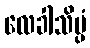
လေခါသိပ္ပံ